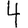
Digit: 4